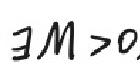
\(\exists M > 0\)